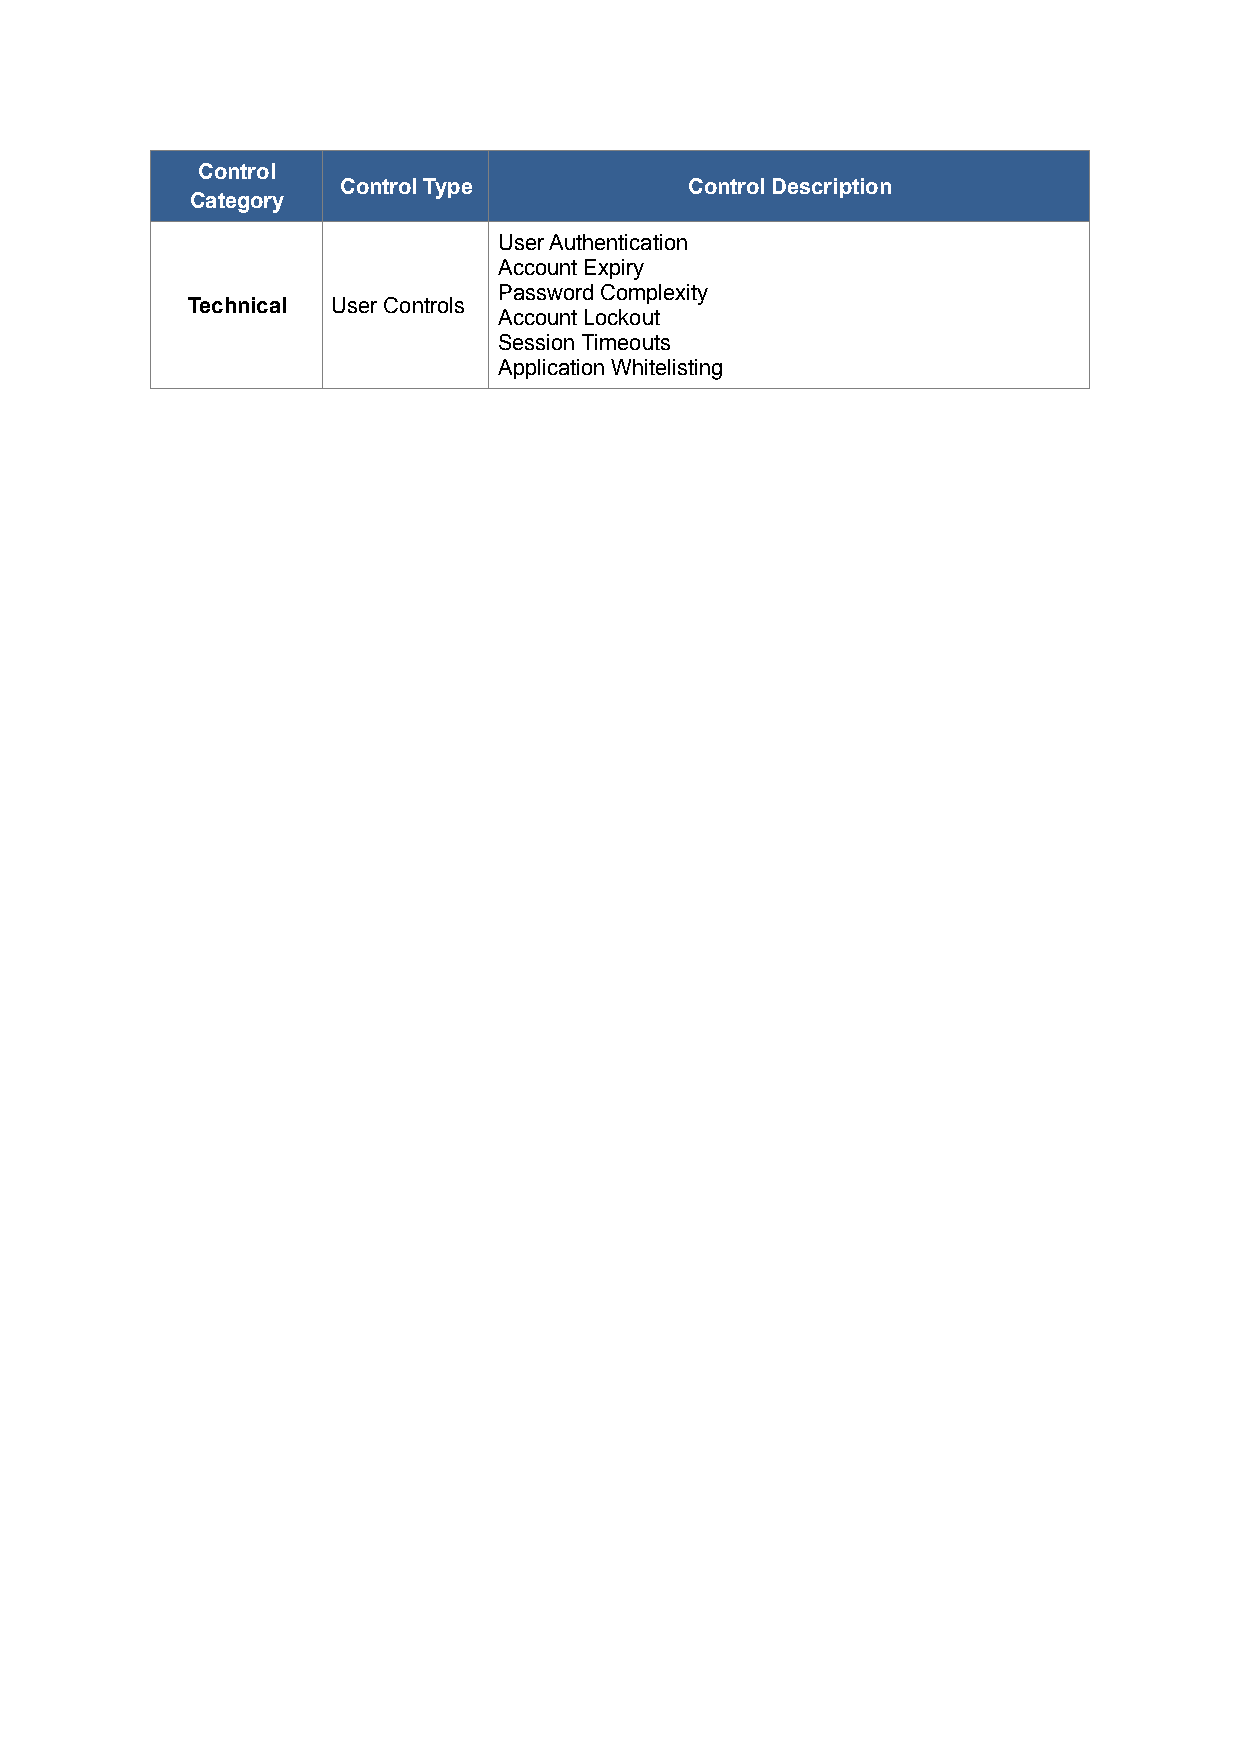
Control
 Control Type            Control Description
 Category
 User Authentication
 Account Expiry
 Password Complexity
 Technical User Controls
 Account Lockout
 Session Timeouts
 Application Whitelisting